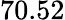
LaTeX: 70.52